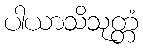
ပါယာသိသုတ္တံ